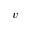
v